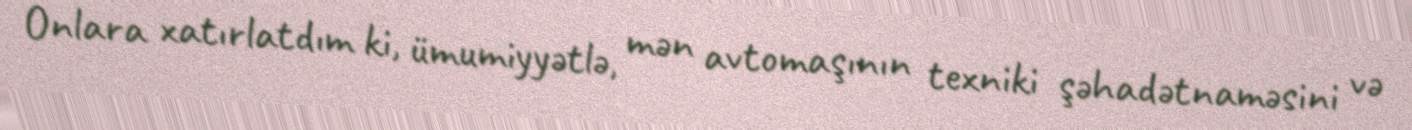
Onlara xatırlatdım ki, ümumiyyətlə, mən avtomaşının texniki şəhadətnaməsini və